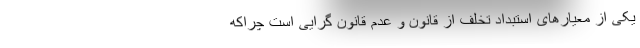
یکی از معیارهای استبداد تخلف از قانون و عدم قانون گرایی است چراکه